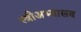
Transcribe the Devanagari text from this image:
स्त्रीअभ्यासव